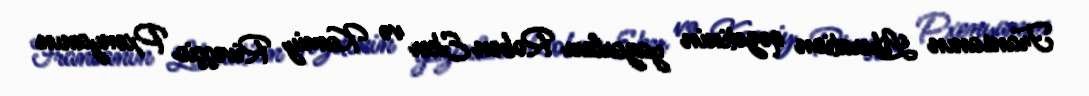
Fransanın Liberation qəzetinin yazarları Roben Eker və Kamiy Riveççio Pxenyanın